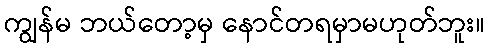
ကျွန်မ ဘယ်တော့မှ နောင်တရမှာမဟုတ်ဘူး။